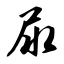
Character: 尿